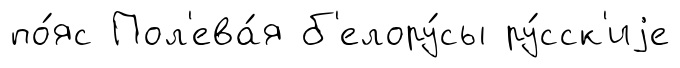
по́яс Пол'ева́я б'елору́сы ру́сск'иjе